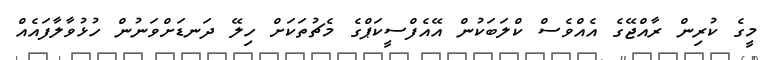
މީގެ ކުރިން ރާއްޖޭގެ އެއްވެސް ކްލަބަކުން އޭއެފްސީކަޕްގެ މެޗުތަކަށް ހިލޭ ދަނޑަށްވަނުން ހުޅުވާލާފައެއް